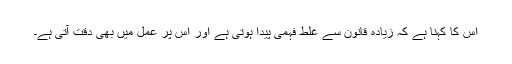
اس کا کہنا ہے کہ زیادہ قانون سے غلط فہمی پیدا ہوتی ہے اور اس پر عمل میں بھی دقت آتی ہے۔